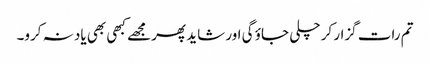
تم رات گزار کر چلی جاؤ گی اور شاید پھر مجھے کبھی بھی یاد نہ کرو۔